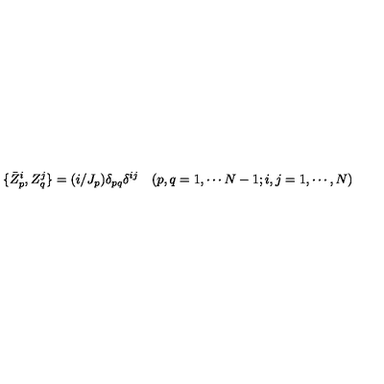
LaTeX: \{ \bar { Z } _ { p } ^ { i } , Z _ { q } ^ { j } \} = ( i / J _ { p } ) \delta _ { p q } \delta ^ { i j } \quad ( p , q = 1 , \cdots N - 1 ; i , j = 1 , \cdots , N )